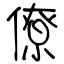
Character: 僚